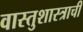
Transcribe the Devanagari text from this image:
वास्तुशास्त्राची